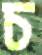
চ